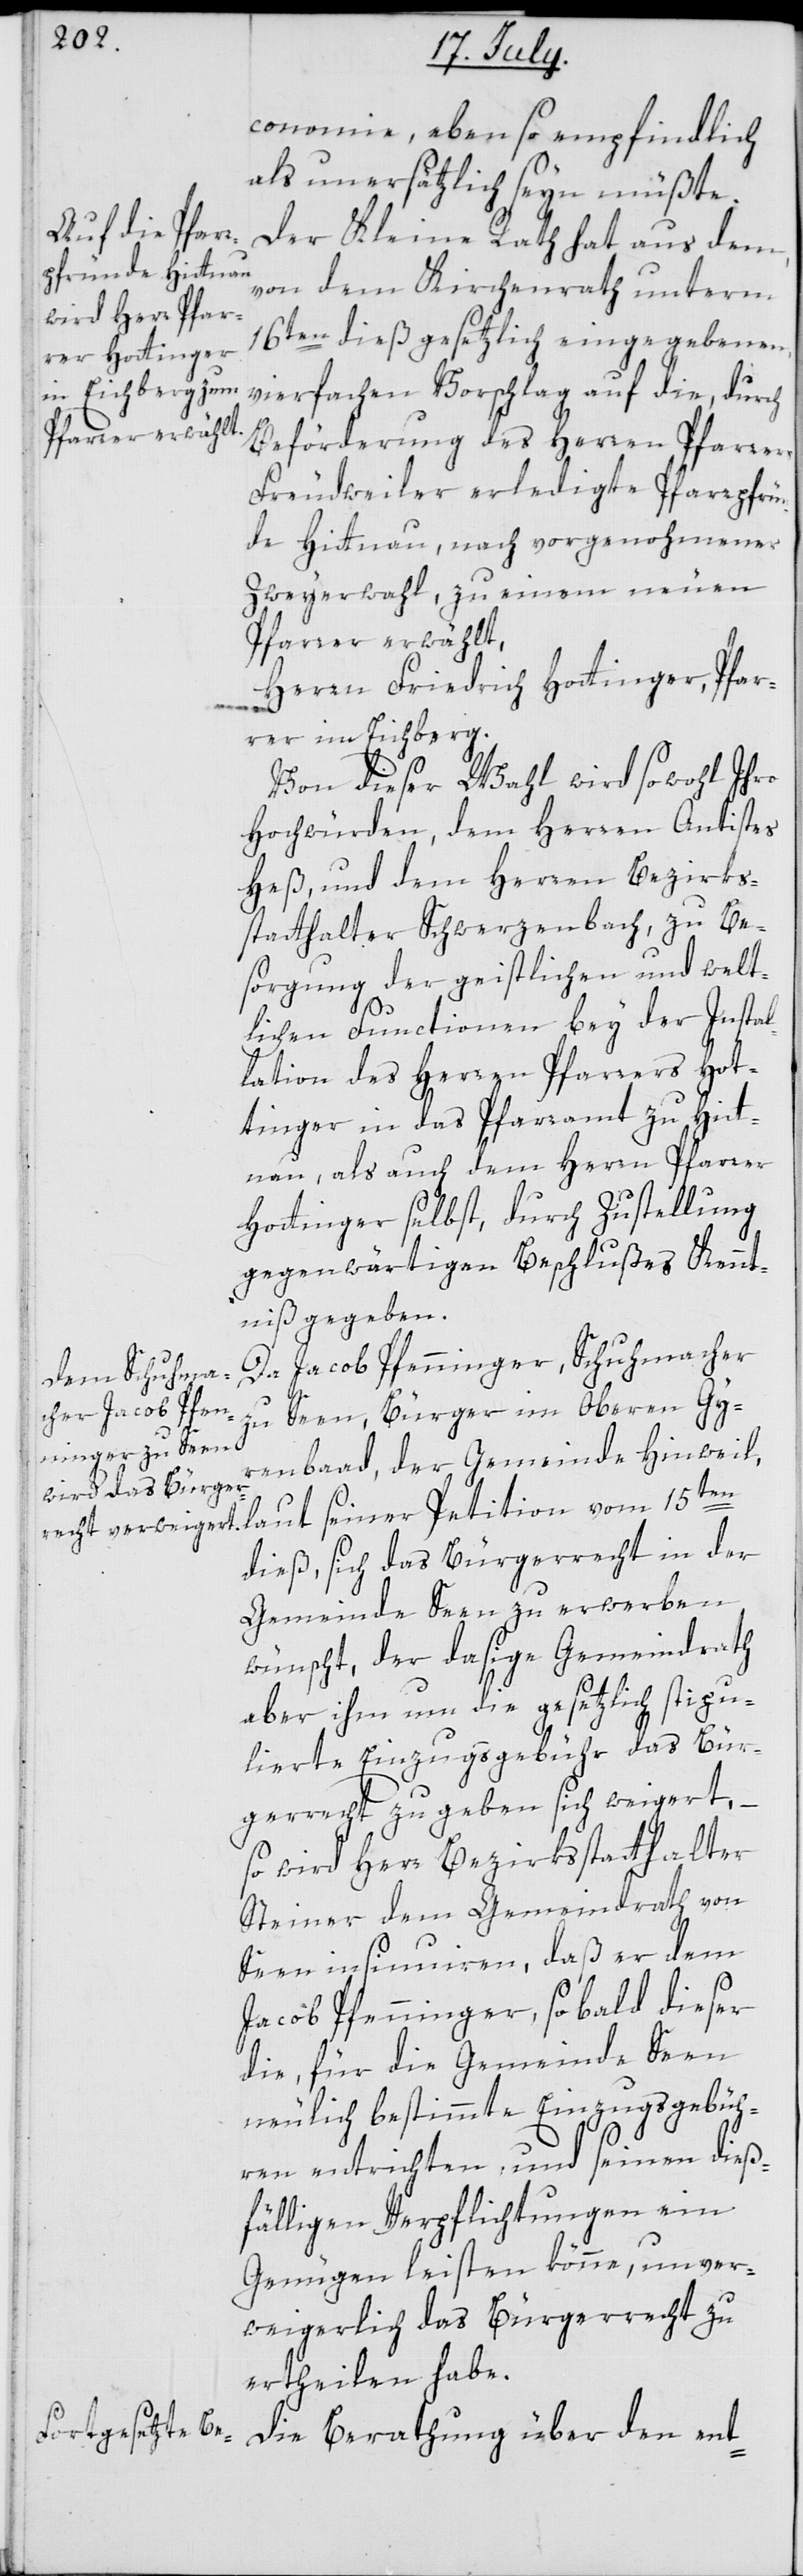
conomie, ebenso empfindlich
als unersätzlich seyn müßte.
Der Kleine Rath hat aus dem,
von dem Kirchenrath unterm
16ten dieß gesetzlich eingegebenen,
vierfachen Vorschlag auf die, durch
Beförderung des Herren Pfarrers
Freudweiler erledigte Pfarrpfrün¬
de Hittnau, nach vorgenohmener
Zweyerwahl, zu einem neuen
Pfarrer erwählt,
Herrn Friedrich Hottinger, Pfar¬
rer im Eichberg.
Von dieser Wahl wird sowohl Ihro
Hochwürden, dem Herren Antistes
Heß, und dem Herren Bezirks¬
statthalter Schwerzenbach, zu Be¬
sorgung der geistlichen und welt¬
lichen Functionen bey der Instal¬
lation des Herren Pfarrers Hot¬
tinger in das Pfarramt zu Hitt¬
nau, als auch dem Herren Pfarrer
Hottinger selbst, durch Zustellung
gegenwärtigen Beschlußes Kennt¬
niß gegeben.
Da Jacob Pfenninger, Schuhmacher
zu Seen, Bürger im Oberen Gyr¬
enbad, der Gemeinde Hinweil,
laut seiner Petition vom 15ten
dieß, sich das Bürgerrecht in der
Gemeinde Seen zu erwerben
wünscht, der dasige Gemeindrath
aber ihm um die gesetzlich stipu¬
lierte Einzugsgebühr das Bür¬
gerrecht zu geben sich weigert, –
so wird Herr Bezirksstatthalter
Steiner dem Gemeindrath von
Seen insinuieren, daß er dem
Jacob Pfenninger, sobald dieser
die, für die Gemeinde Seen
neulich bestimmte Einzugsgebüh¬
ren entrichten, und seinen dieß¬
fälligen Verpflichtungen ein
Genügen leisten könne, unver¬
weigerlich das Bürgerrecht zu
ertheilen habe.
Die Berathung über den ent-